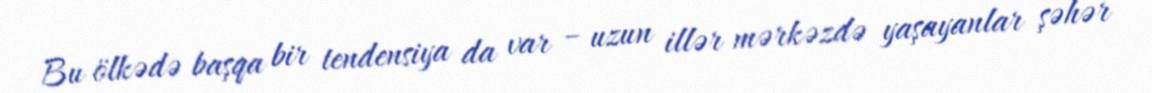
Bu ölkədə başqa bir tendensiya da var – uzun illər mərkəzdə yaşayanlar şəhər